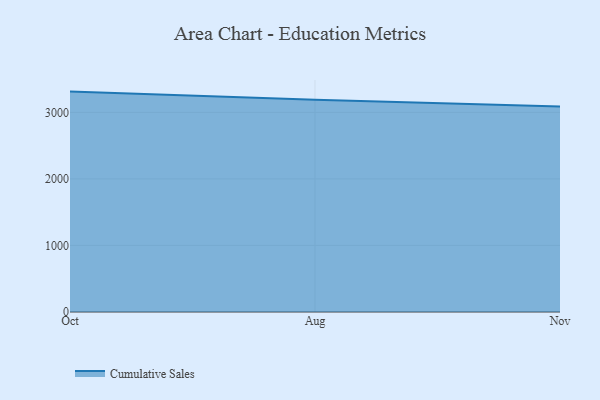
{"axis": {"x": "Month", "y": "Energy Usage (MWh)"}, "legend": ["Cumulative Sales"], "data": [{"x": "Oct", "y": 3311.8, "type": "Cumulative Sales"}, {"x": "Aug", "y": 3188.1, "type": "Cumulative Sales"}, {"x": "Nov", "y": 3086.7, "type": "Cumulative Sales"}]}